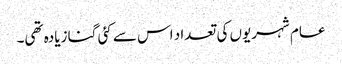
عام شہریوں کی تعداد اس سے کئی گنا زیادہ تھی۔